Vaccine operations Central Provinces & Berar 1922-1929 - 1922-1929
Year: 1922
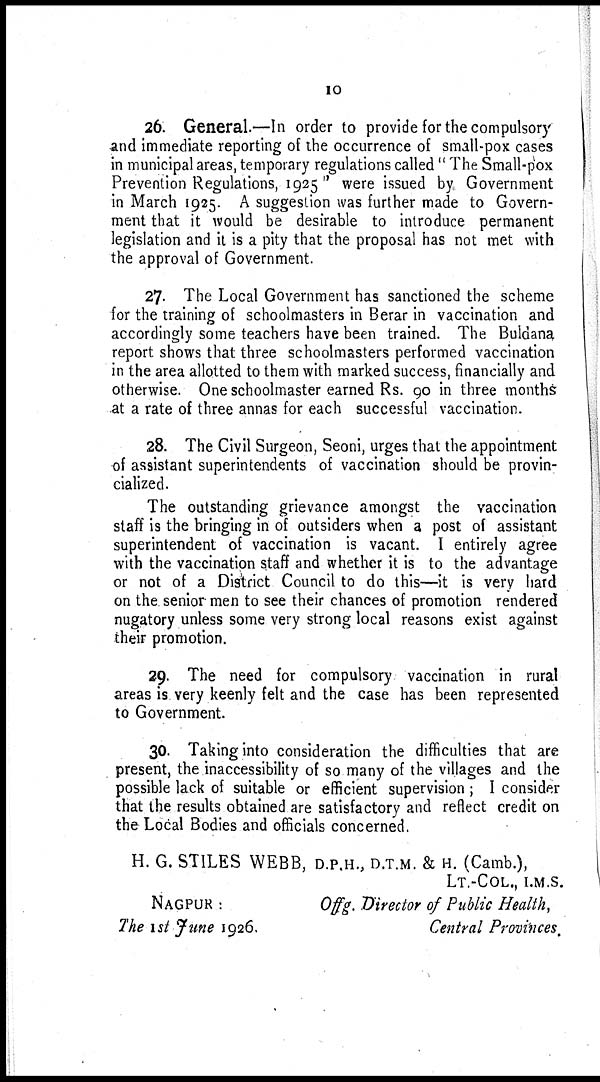
10
26. General.—In order to provide for the compulsory
and immediate reporting of the occurrence of small-pox cases
in municipal areas, temporary regulations called " The Small-pox
Prevention Regulations, 1925 " were issued by Government
in March 1925. A suggestion was further made to Govern-
ment that it would be desirable to introduce permanent
legislation and it is a pity that the proposal has not met with
the approval of Government.
27. The Local Government has sanctioned the scheme
for the training of schoolmasters in Berar in vaccination and
accordingly some teachers have been trained. The Buldana
report shows that three schoolmasters performed vaccination
in the area allotted to them with marked success, financially and
otherwise. One schoolmaster earned Rs. 90 in three months
at a rate of three annas for each successful vaccination.
28. The Civil Surgeon, Seoni, urges that the appointment
of assistant superintendents of vaccination should be provin-
cialized.
The outstanding grievance amongst the vaccination
staff is the bringing in of outsiders when a post of assistant
superintendent of vaccination is vacant. I entirely agree
with the vaccination staff and whether it is to the advantage
or not of a District Council to do this—it is very hard
on the senior men to see their chances of promotion rendered
nugatory unless some very strong local reasons exist against
their promotion.
29. The need for compulsory vaccination in rural
areas is very keenly felt and the case has been represented
to Government.
30. Taking into consideration the difficulties that are
present, the inaccessibility of so many of the villages and the
possible lack of suitable or efficient supervision ; I consider
that the results obtained are satisfactory and reflect credit on
the Local Bodies and officials concerned.
H. G. STILES WEBB, D.P.H., D.T.M. & H. (Camb.),
LT.-COL., I.M.S.
NAGPUR:
Offg. Director of Public Health,
The 1st June 1926.
Central Provinces.